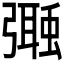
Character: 𢐩